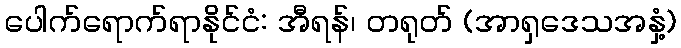
ပေါက်ရောက်ရာနိုင်ငံ: အီရန်၊ တရုတ် (အာရှဒေသအနှံ့)